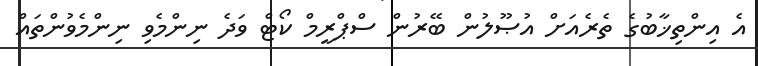
އެ އިންތިޚާބުގެ ތެރެއަށް އުޞޫލުން ބޭރުން ސްޕްރީމް ކޯޓް ވަދެ ނިންމެވި ނިންމެވުންތައް